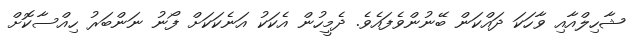
ޝާހިލްއާއި ވާހަކަ ދައްކަން ބޭނުންވެފައެވެ. ދެމީހުން އެކަކު އަނެކަކަށް ފޯނު ނަންބަރު ހިއްސާކޮށް